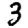
Digit: 3